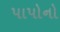
પાપોનો